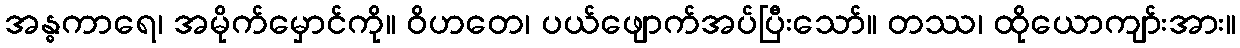
အန္ဓကာရေ၊ အမိုက်မှောင်ကို။ ဝိဟတေ၊ ပယ်ဖျောက်အပ်ပြီးသော်။ တဿ၊ ထိုယောကျာ်းအား။